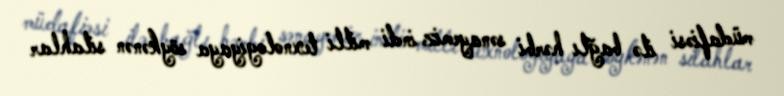
müdafiəsi ilə bağlı hərbi sənayemiz indi milli texnologiyaya söykənən silahlar